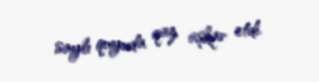
saylı quyuda qaz aşkar etdi.